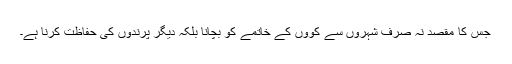
جس کا مقصد نہ صرف شہروں سے کووّں کے خاتمے کو بچانا بلکہ دیگر پرندوں کی حفاظت کرنا ہے۔